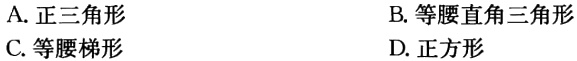
A. 正三角形

B. 等腰直角三角形

C. 等腰梯形

D. 正方形